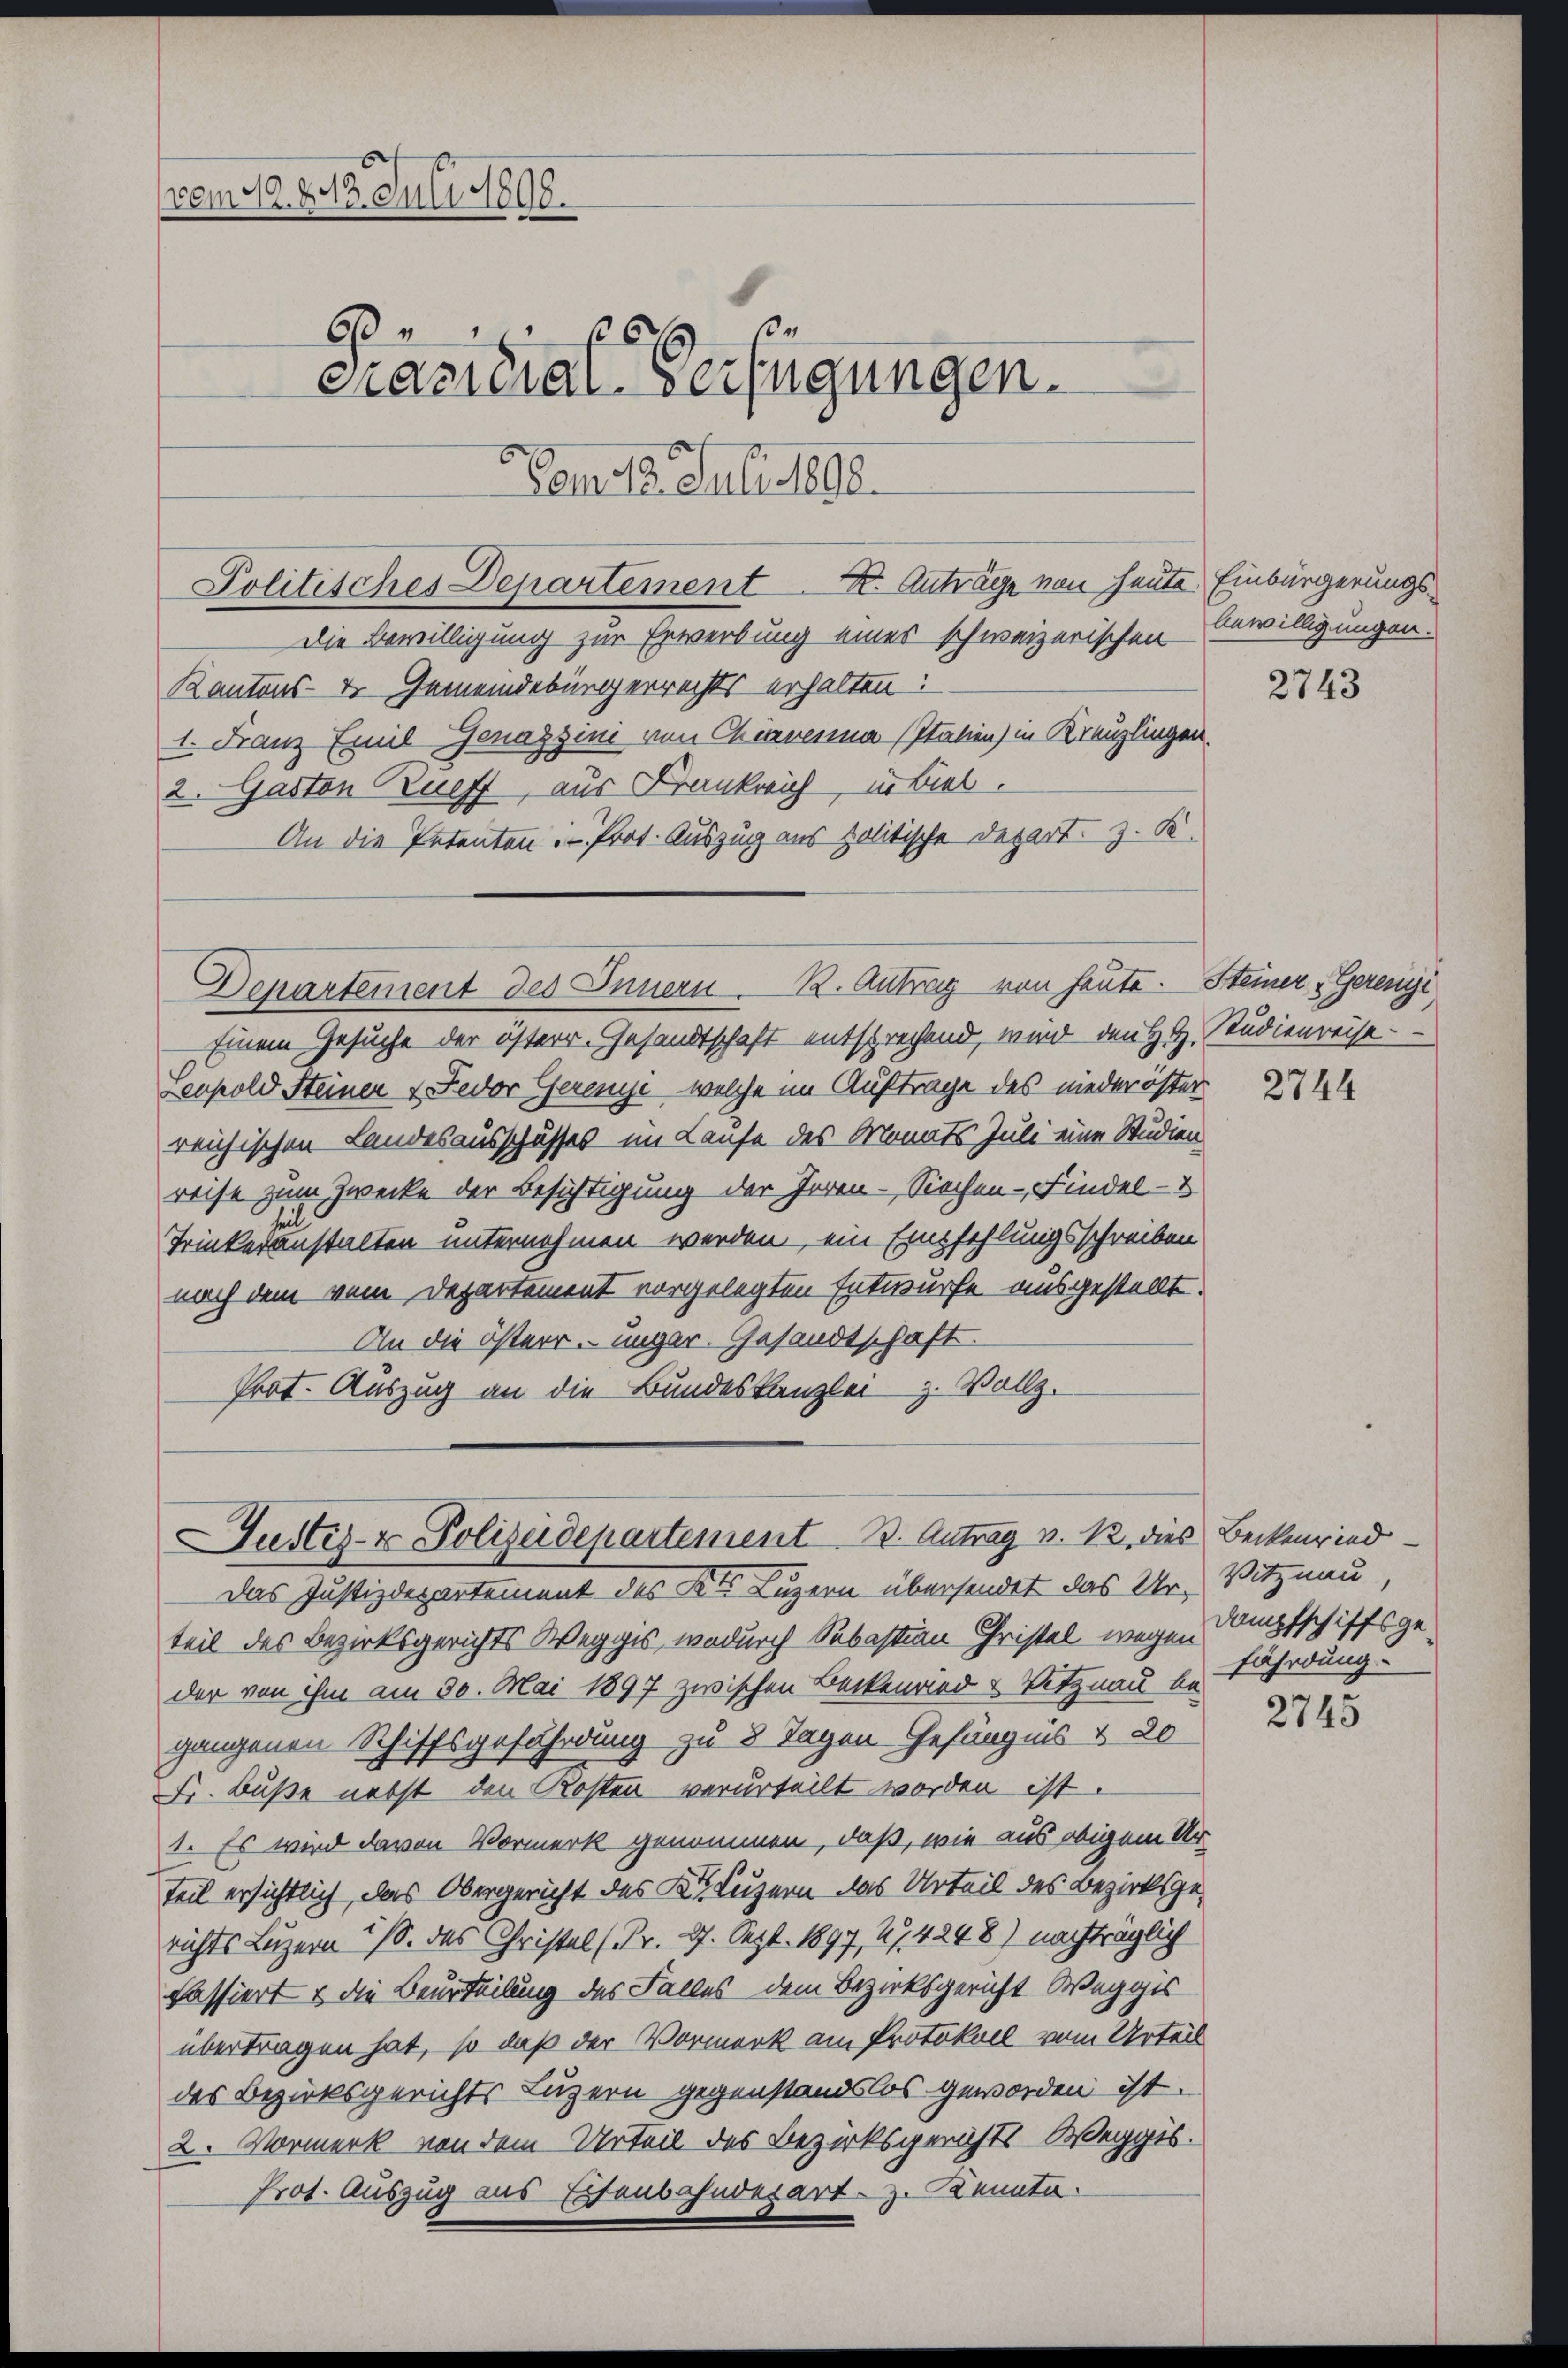
vom 19. 213. Juli 1890.
6
8
6 x
Prazuial-Verfügungen.
Dam 12. Juli 1888.

Die Bewilligung zur Erwerbung eines schweizerischen Bewilligungen.
Kantons- & Gemeindebürgerrechts erhalten:
1. Franz Emil Genazzini von Chiavenna Italien) in Kreuzlingen.
2. Gaston Zueff, aus Krankreich, in Bieb.
An die Petenten: Prot. Auszug aus politische Depart z. K.

Politisches Departement Dr. Anträge von heute Einbürgerungs¬

Departement des Innern. B. Antrag von heute. Steiner „Gerenzi

Einem Gesuche der österr. Gesandtschaft entsprechend, wird den H. H. Studienreise
Leopold Steiner & Fedor Gerenze, welche im Auftrage des niederöster
reichischen Landesausschusses im Laufe des Monats Juli eine Studien
reise zum Zwecke der Besichtigung der Joren - Siechen - Findel- &
Trinkeranstalten unternehmen werden, ein Empfehlungsschreiben
nach dem vom Departement vorgelegten Entwurfe ausgestellt.
An die österr. unger. Gesandtschaft.
Prot. Auszug an die Bundeskanzlei z. Vollz

Justiz- & Polizeidepartement 13. Antrag v. 12. dies Beckenried

Das Justizdepartement des Kts. Luzern übersendet das Ur- Vitznau,
teil des Bezirksgerichts Weggis, wodurch Sebastian Christel wegen Kampfschiffsgeder von ihm am 30. Mai 1897 zwischen Beckenried & Vitznau be-
gangenen Schiffsgefährdung zu 8 Tagen Gefängnis & 20
Fr. Buße nebst den Kosten verurteilt worden ist.
1. Es wird davon Vormerk genommen, daß, wie aus obigem Ur-
teil ersichtlich, das Obergericht des K. Luzern das Urteil des Bezirksgerichts Luzern a/S. des Christel (Fr. 27. Sept. 1897, 474248) nachträglich
Passiert & die Beurteilung des Falles dem Bezirksgericht Weggis
übertragen hat, so daß der Vormerk am Protokoll vom Urteil
des Bezirksgerichts Luzern gegenstandslos geworden ist.
2. Vormerk von dem Urteil des Bezirksgerichts-Weggis.
Prot. Auszug aus Eisenbahndepart z. Kennte.

2743

2744

fährdung.

2745